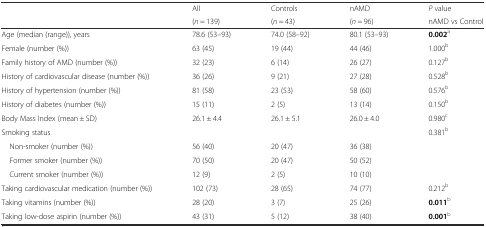
<table><thead><tr><td rowspan="2"></td><td><b>All</b></td><td><b>Controls</b></td><td><b>nAMD</b></td><td><b><i>P</i> value</b></td></tr><tr><td><b>(<i>n</i> = 139)</b></td><td><b>(<i>n</i> = 43)</b></td><td><b>(<i>n</i> = 96)</b></td><td><b>nAMD vs Control</b></td></tr></thead><tbody><tr><td>Age (median (range)), years</td><td>78.6 (53–93)</td><td>74.0 (58–92)</td><td>80.1 (53–93)</td><td><b>0.002</b><sup>a</sup></td></tr><tr><td>Female (number (%))</td><td>63 (45)</td><td>19 (44)</td><td>44 (46)</td><td>1.000<sup>b</sup></td></tr><tr><td>Family history of AMD (number (%))</td><td>32 (23)</td><td>6 (14)</td><td>26 (27)</td><td>0.127<sup>b</sup></td></tr><tr><td>History of cardiovascular disease (number (%))</td><td>36 (26)</td><td>9 (21)</td><td>27 (28)</td><td>0.528<sup>b</sup></td></tr><tr><td>History of hypertension (number (%))</td><td>81 (58)</td><td>23 (53)</td><td>58 (60)</td><td>0.576<sup>b</sup></td></tr><tr><td>History of diabetes (number (%))</td><td>15 (11)</td><td>2 (5)</td><td>13 (14)</td><td>0.150<sup>b</sup></td></tr><tr><td>Body Mass Index (mean ± SD)</td><td>26.1 ± 4.4</td><td>26.1 ± 5.1</td><td>26.0 ± 4.0</td><td>0.980<sup>c</sup></td></tr><tr><td>Smoking status</td><td></td><td></td><td></td><td>0.381<sup>b</sup></td></tr><tr><td> Non-smoker (number (%))</td><td>56 (40)</td><td>20 (47)</td><td>36 (38)</td><td></td></tr><tr><td> Former smoker (number (%))</td><td>70 (50)</td><td>20 (47)</td><td>50 (52)</td><td></td></tr><tr><td> Current smoker (number (%))</td><td>12 (9)</td><td>2 (5)</td><td>10 (10)</td><td></td></tr><tr><td>Taking cardiovascular medication (number (%))</td><td>102 (73)</td><td>28 (65)</td><td>74 (77)</td><td>0.212<sup>b</sup></td></tr><tr><td>Taking vitamins (number (%))</td><td>28 (20)</td><td>3 (7)</td><td>25 (26)</td><td><b>0.011</b><sup>b</sup></td></tr><tr><td>Taking low-dose aspirin (number (%))</td><td>43 (31)</td><td>5 (12)</td><td>38 (40)</td><td><b>0.001</b><sup>b</sup></td></tr></tbody></table>